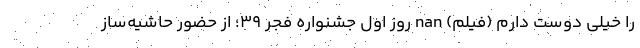
را خیلی دوست دارم (فیلم) nan روز اول جشنواره فجر ۳۹؛ از حضور حاشیه‌ساز